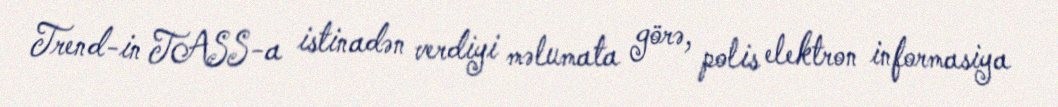
Trend-in TASS-a istinadən verdiyi məlumata görə, polis elektron informasiya